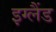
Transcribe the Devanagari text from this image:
इग्‍लैंड